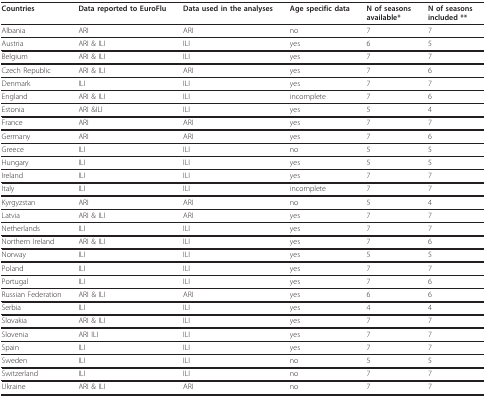
| Countries | Data reported to EuroFlu | Data used in the analyses | Age specific data | N of seasons available* | N of seasons included ** |
 | --- | --- | --- | --- | --- | --- |
 | Albania | ARI | ARI | no | 7 | 7 |
 | Austria | ARI & ILI | ILI | yes | 6 | 5 |
 | Belgium | ARI & ILI | ILI | yes | 7 | 7 |
 | Czech Republic | ARI & ILI | ARI | yes | 7 | 6 |
 | Denmark | ILI | ILI | yes | 7 | 7 |
 | England | ARI & ILI | ILI | incomplete | 7 | 6 |
 | Estonia | ARI &ILI | ILI | yes | 5 | 4 |
 | France | ARI | ARI | yes | 7 | 7 |
 | Germany | ARI | ARI | yes | 7 | 6 |
 | Greece | ILI | ILI | no | 5 | 5 |
 | Hungary | ILI | ILI | yes | 5 | 5 |
 | Ireland | ILI | ILI | yes | 7 | 7 |
 | Italy | ILI | ILI | incomplete | 7 | 7 |
 | Kyrgyzstan | ARI | ARI | no | 5 | 4 |
 | Latvia | ARI & ILI | ARI | yes | 7 | 7 |
 | Netherlands | ILI | ILI | yes | 7 | 7 |
 | Northern Ireland | ARI & ILI | ILI | yes | 7 | 6 |
 | Norway | ILI | ILI | yes | 5 | 5 |
 | Poland | ILI | ILI | yes | 7 | 7 |
 | Portugal | ILI | ILI | yes | 7 | 6 |
 | Russian Federation | ARI & ILI | ARI | yes | 6 | 6 |
 | Serbia | ILI | ILI | yes | 4 | 4 |
 | Slovakia | ARI & ILI | ILI | yes | 7 | 7 |
 | Slovenia | ARI ILI | ILI | yes | 7 | 7 |
 | Spain | ILI | ILI | yes | 7 | 7 |
 | Sweden | ILI | ILI | no | 5 | 5 |
 | Switzerland | ILI | ILI | no | 7 | 7 |
 | Ukraine | ARI & ILI | ARI | no | 7 | 7 |